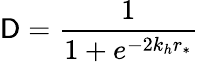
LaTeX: \mathsf{D}=\frac{{1}}{{1+e^{-2k_{h}r_{*}}}}